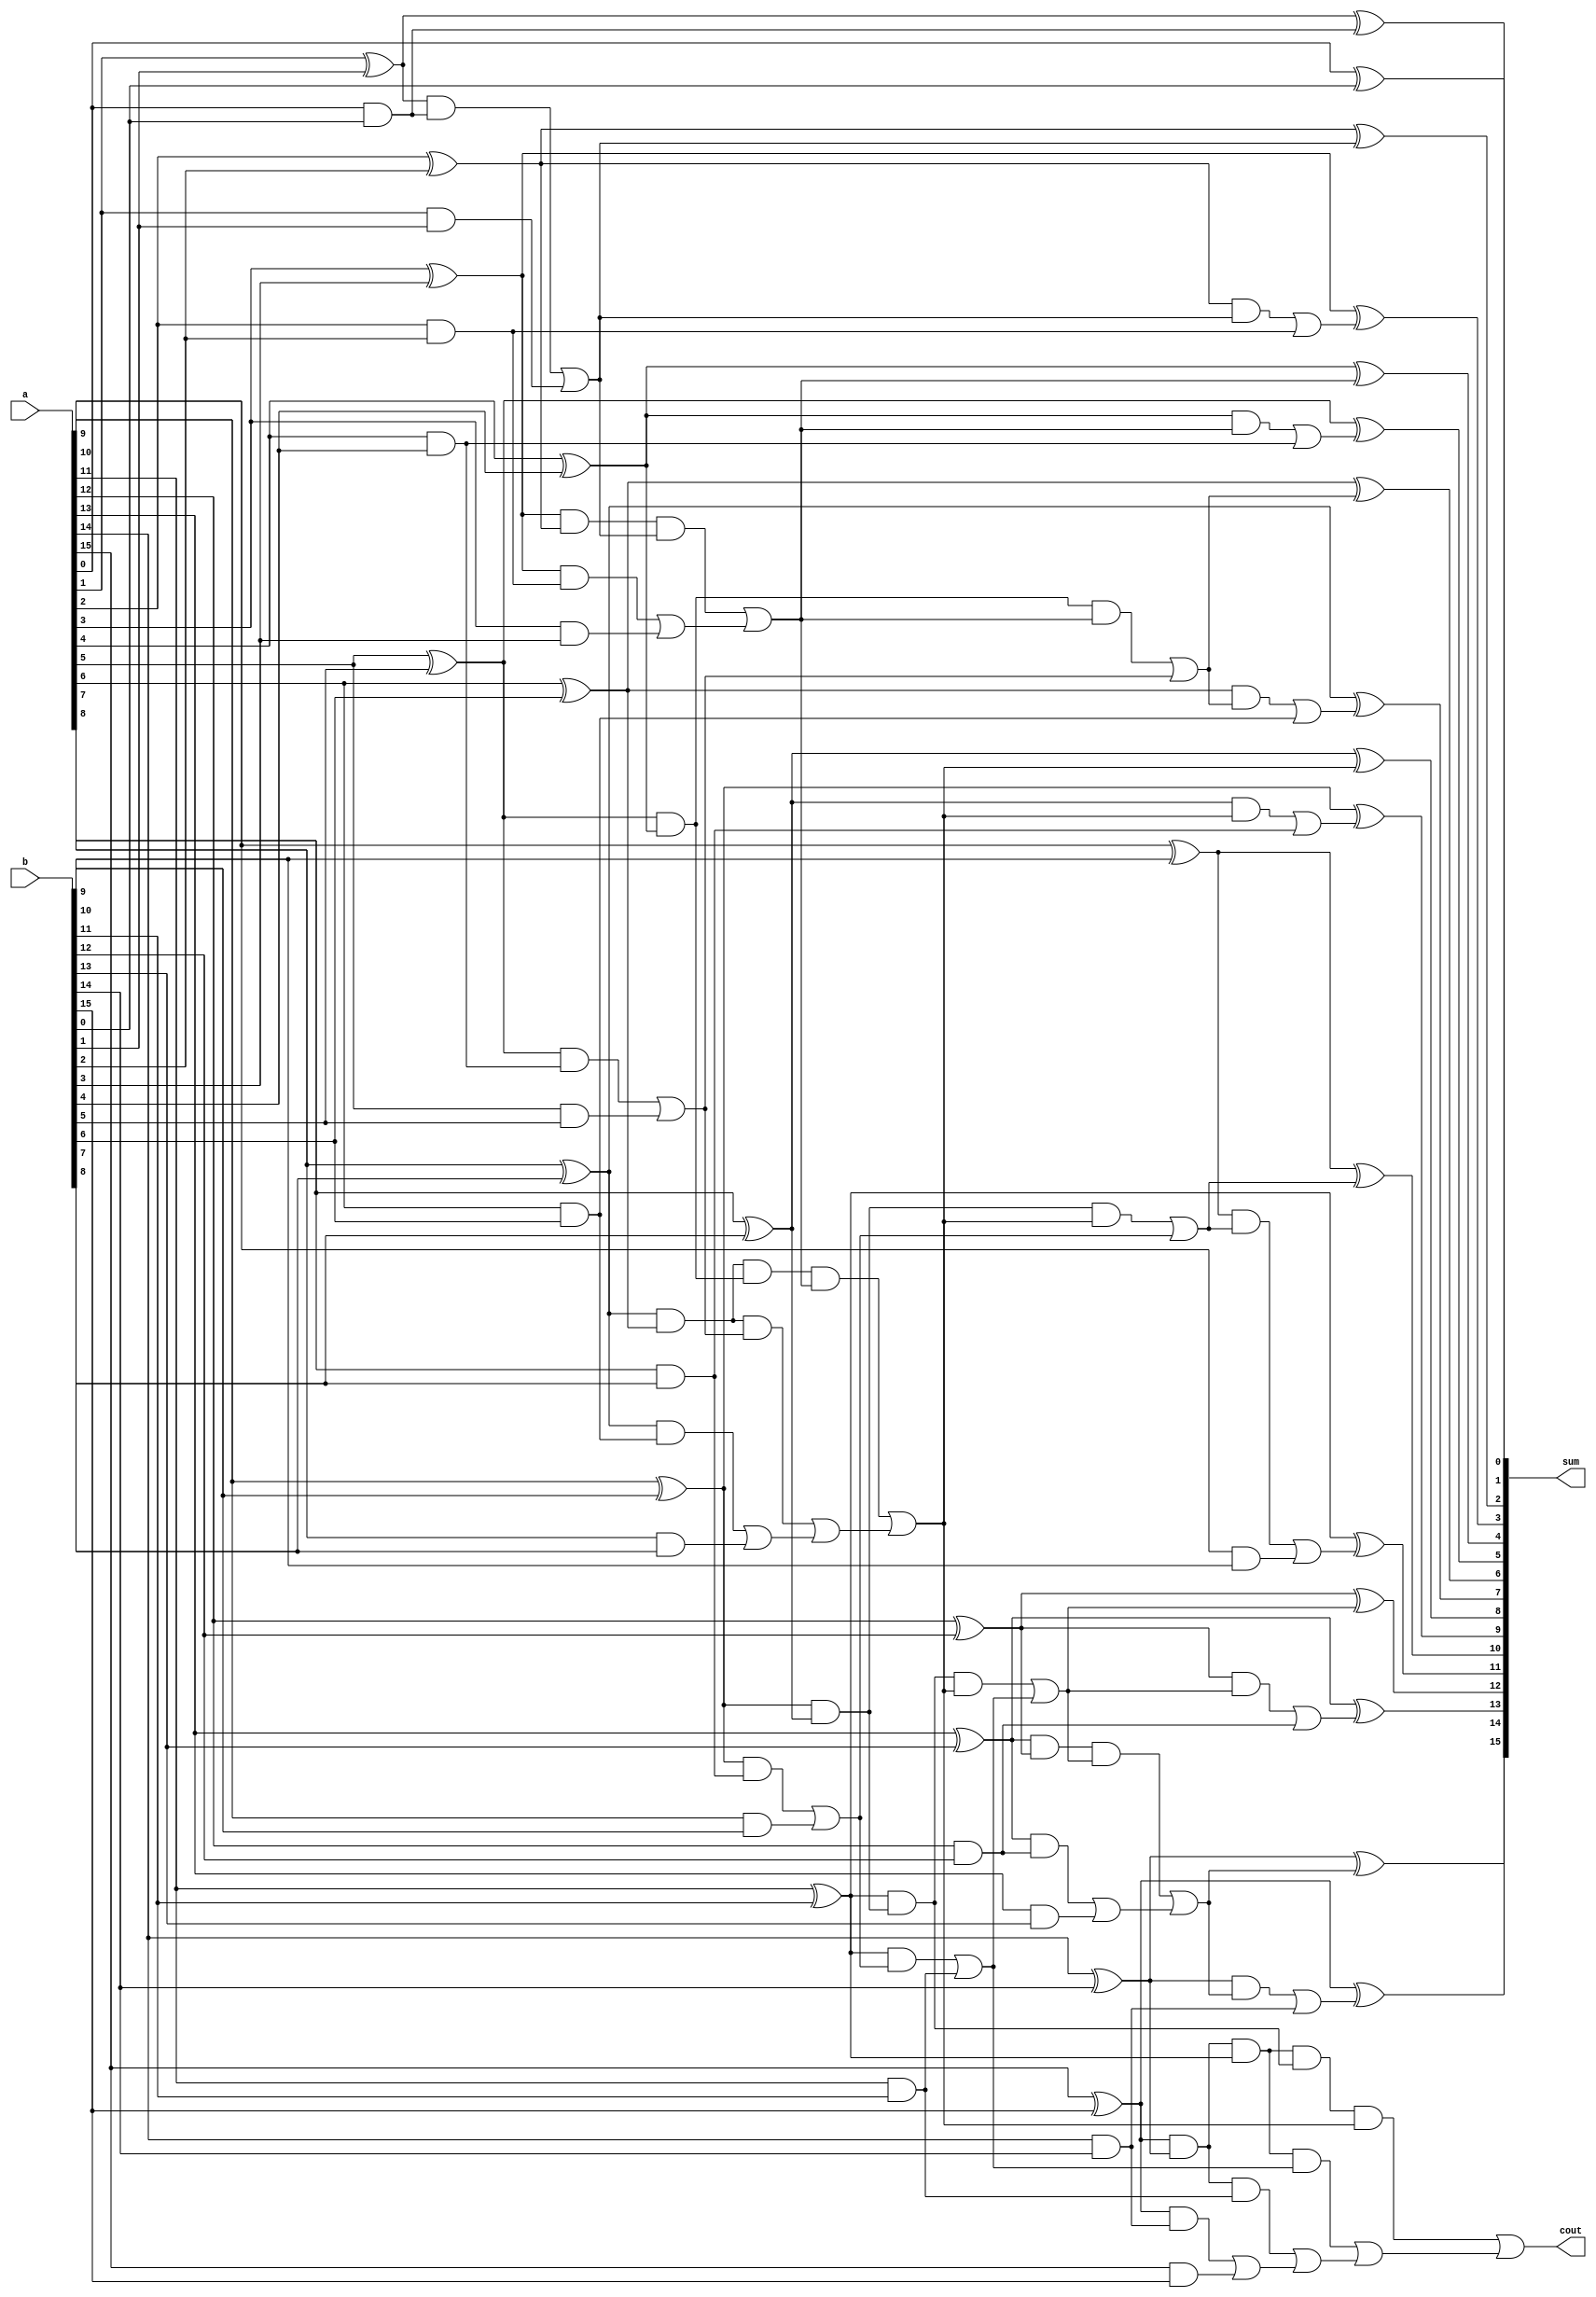
module Badd16(
input [15:0] a,
input [15:0] b,
output [15:0] sum,
output cout
);

wire [15:0] p;
wire [15:0] g;
wire [15:0] cp1;
wire [15:0] cg1;
wire cp22;
wire cg22;
wire cp23;
wire cg23;
wire cp27;
wire cg27;
wire cp34;
wire cg34;
wire cp35;
wire cg35;
wire cp36;
wire cg36;
wire cp37;
wire cg37;
wire cp211;
wire cg211;
wire cp215;
wire cg215;
wire cp315;
wire cg315;
wire cp411;
wire cg411;
wire cp415;
wire cg415;
wire cp59;
wire cg59;
wire cp513;
wire cg513;
wire cp68;
wire cg68;
wire cp610;
wire cg610;
wire cp612;
wire cg612;
wire cp614;
wire cg614;

wire [15:0] s;
wire Carry;


// Propogate and Generate Creation
assign p[0] = a[0] ^ b[0];//first level zero bit start
assign g[0] = a[0] & b[0];
assign cp1[0] = p[0];
assign cg1[0] = g[0]; //first level zero bit complete

assign p[1] = a[1] ^ b[1]; //first level first bit start
assign g[1] = a[1] & b[1];
assign cg1[1] = (p[1] & g[0])| g[1];
assign cp1[1] = p[1] & p[0]; // first level first bit complete

assign p[2] = a[2] ^ b[2]; //first level 2nd bit start
assign g[2] = a[2] & b[2];
assign cp1[2] = p[2];
assign cg1[2] = g[2]; // first level 2nd bit complete

assign p[3] = a[3] ^ b[3]; //first level 3rd bit start
assign g[3] = a[3] & b[3];
assign cg1[3] = (p[3] & g[2]) | g[3];
assign cp1[3] = p[3] & p[2]; //first level 3rd bit complete

assign p[4] = a[4] ^ b[4]; 
assign g[4] = a[4] & b[4];
assign cg1[4] = g[4];
assign cp1[4] = p[4]; 

assign p[5] = a[5] ^ b[5]; 
assign g[5] = a[5] & b[5];
assign cg1[5] = (p[5] & g[4]) | g[5];
assign cp1[5] = p[5] & p[4]; 

assign p[6] = a[6] ^ b[6]; 
assign g[6] = a[6] & b[6];
assign cg1[6] = g[6];
assign cp1[6] = p[6]; 

assign p[7] = a[7] ^ b[7];
assign g[7] = a[7] & b[7];
assign cg1[7] = (p[7] & g[6]) | g[7];
assign cp1[7] = p[7] & p[6];

assign p[8] = a[8] ^ b[8];
assign g[8] = a[8] & b[8];
assign cg1[8] = g[8];
assign cp1[8] = p[8];

assign p[9] = a[9] ^ b[9];
assign g[9] = a[9] & b[9];
assign cg1[9] = (p[9] & g[8]) | g[9];
assign cp1[9] = p[9] & p[8];

assign p[10] = a[10] ^ b[10];
assign g[10] = a[10] & b[10];
assign cg1[10] = g[10];
assign cp1[10] = p[10];

assign p[11] = a[11] ^ b[11];
assign g[11] = a[11] & b[11];
assign cg1[11] = g[11];
assign cp1[11] = p[11];

assign p[12] = a[12] ^ b[12];
assign g[12] = a[12] & b[12];
assign cg1[12] = g[12];
assign cp1[12] = p[12];

assign p[13] = a[13] ^ b[13];
assign g[13] = a[13] & b[13];
assign cg1[13] = (p[13] & g[12]) | g[13];
assign cp1[13] = p[13] & p[12];

assign p[14] = a[14] ^ b[14];
assign g[14] = a[14] & b[14];
assign cg1[14] = g[14];
assign cp1[14] = p[14];

assign p[15] = a[15] ^ b[15];
assign g[15] = a[15] & b[15];
assign cg1[15] = (p[15] & g[14]) | g[15];
assign cp1[15] = p[15] & p[14];


//Carry Generation
assign cp22 = cp1[2] & cp1[1];
assign cg22 = (cp1[2] & cg1[1]) | cg1[2];
assign cg23 = (cp1[3] & cg1[1]) | cg1[3];
assign cp23 = cp1[3] & cp1[1];

assign cg27 = (cp1[7] & cg1[5]) | cg1[7];
assign cp27 = cp1[7] & cp1[5];


assign cg34 = (cp1[4] & cg23) | cg1[4];
assign cp34 = cp1[4] & cp23;

assign cg35 = (cp1[5] & cg23) | cg1[5];
assign cp35 = cp1[5] & cp23;

assign cg36 = (cp1[6] & cg35) | cg1[6];
assign cp36 = cp1[6] & cp35;
assign cg37 = (cp27 & cg23) | cg27;
assign cp37 = cp27 & cp23;

assign cg211 = (cp1[11] & cg1[9]) | cg1[11];
assign cp211 = cp1[11] & cp1[9];

assign cg215 = (cp1[15] & cg1[11]) | cg1[15];
assign cp215 = cp1[15] & cp1[11];

assign cg315 = (cp215 & cg211) | cg215;
assign cp315 = cp215 & cp211;

assign cg411 = (cp211 & cg37) | cg211;
assign cp411 = cp211 & cp37;

assign cg415 = (cp315 & cg37) | cg315;
assign cp415 = cp315 & cp37;

assign cg59 = (cp1[9] & cg37) | cg1[9];
assign cp59 = cp1[9] & cp37;

assign cg513 = (cp1[13] & cg411) | cg1[13];
assign cp513 = cp1[13] & cp411;

assign cg68 = (cp1[8] & cg37) | cg1[8];
assign cp68 = cp1[8] & cp37;

assign cg610 = (cp1[10] & cg59) | cg1[10];
assign cp610 = cp1[10] & cp59;

assign cg612 = (cp1[12] & cg411) | cg1[12];
assign cp612 = cp1[12] & cp411;

assign cg614 = (cp1[14] & cg513) | cg1[14];
assign cp614 = cp1[14] & cp513;

assign s[0] = p[0];
assign s[1] = p[1] ^ cg1[0];
assign s[2] = p[2] ^ cg1[1];
assign s[3] = p[3] ^ cg22;
assign s[4] = p[4] ^ cg23;
assign s[5] = p[5] ^ cg34;
assign s[6] = p[6] ^ cg35;
assign s[7] = p[7] ^ cg36;
assign s[8] = p[8] ^ cg37;
assign s[9] = p[9] ^ cg68;
assign s[10] = p[10] ^ cg59;
assign s[11] = p[11] ^ cg610;
assign s[12] = p[12] ^ cg411;
assign s[13] = p[13] ^ cg612;
assign s[14] = p[14] ^ cg513;
assign s[15] = p[15] ^ cg614;
assign Carry = cg415;
assign sum = {s[15:0]};
assign cout =  {Carry};

endmodule


module top;

reg [15:0]a;
reg [15:0]b;

wire [15:0]sum;
wire cout;

Badd16 A(a,b,sum,cout);

initial
begin
    a=16'b0;
    b=16'b0;

    
    #10
    a=$urandom_range(0,100);
    b=$urandom_range(0,100);

    #10
    a=$urandom_range(0,200);
    b=$urandom_range(0,200);
    
    #10
    a=$urandom_range(0,100);
    b=$urandom_range(0,100);
    
    
end

initial
	$monitor($time, "  A = %d; B = %d; Sum = %d; Cout = %d", a, b, sum, cout);

initial	
		begin
			$dumpfile("Brent_Kung.vcd");
			$dumpvars();
		end

endmodule